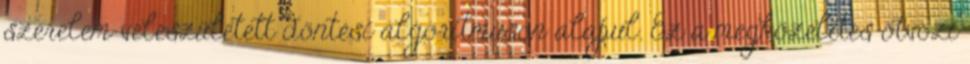
szerelem veleszületett döntési algoritmuson alapul. Ez a megközelítés ötvözi